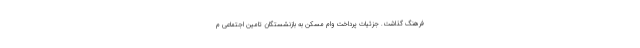
فرهنگ گذاشت. جزئیات پرداخت وام مسکن به بازنشستگان تامین اجتماعی م